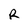
Character: R